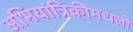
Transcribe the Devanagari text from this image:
अभियांत्रिकीमधली